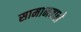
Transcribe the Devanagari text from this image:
सामानवाले